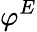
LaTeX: \varphi^{E}